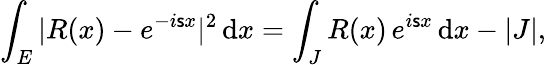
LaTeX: \int_{E}|R(x)-e^{-i\mathsf{s}x}|^{2}\, \mathrm{d}x=\int_{J}R(x)\, e^{i\mathsf{s}x}\, \mathrm{d}x-|J|,